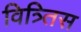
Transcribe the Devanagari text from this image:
वित्र्तिस